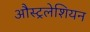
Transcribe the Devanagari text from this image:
औस्ट्रलेशियन